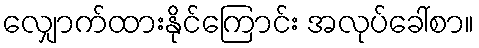
လျှောက်ထားနိုင်ကြောင်း အလုပ်ခေါ်စာ။